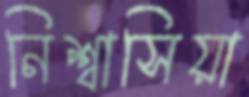
নিশ্বাসিয়া